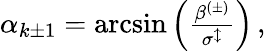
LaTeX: \begin{array}{r}{\alpha_{k\pm 1}=\arcsin\left(\frac{\beta^{(\pm)}}{\sigma^{\updownarrow}}\right)\, ,}\end{array}